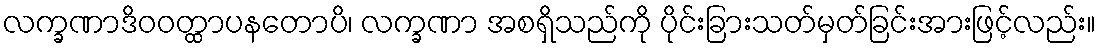
လက္ခဏာဒိဝဝတ္ထာပနတောပိ၊ လက္ခဏာ အစရှိသည်ကို ပိုင်းခြားသတ်မှတ်ခြင်းအားဖြင့်လည်း။